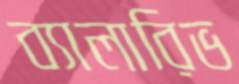
ব্যালারিভ